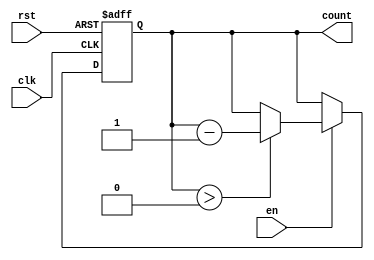
module MemoryBlocksDownCounter #(
    parameter MAX_VALUE = 15 // You can set the maximum count value here. Adjust as needed.
)(
    input wire clk,        // Clock signal
    input wire rst,        // Asynchronous reset signal
    input wire en,         // Enable signal
    output reg [3:0] count // Counter output (width = 4 bits for max value of 15)
);

    // Initial block to set the initial value of count
    initial begin
        count = MAX_VALUE; // Initialize count to the maximum value
    end

    // On each clock cycle
    always @(posedge clk or posedge rst) begin
        if (rst) begin
            count <= MAX_VALUE; // Reset to maximum value on rst
        end else if (en) begin
            if (count > 0) begin
                count <= count - 1; // Decrement count if not zero
            end
            // If count is already zero, it remains zero
        end
        // If enable is low, retain the current count value
    end

endmodule